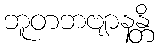
ဘူတဘဗျာနန္တိ